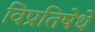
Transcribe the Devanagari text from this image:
विप्रतिषेधे